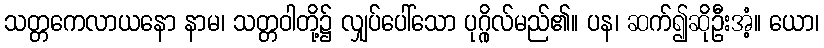
သတ္တကေလာယနော နာမ၊ သတ္တဝါတို့၌ လျှပ်ပေါ်သော ပုဂ္ဂိုလ်မည်၏။ ပန၊ ဆက်၍ဆိုဦးအံ့။ ယော၊